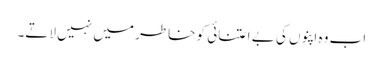
اب وہ اپنوں کی بے اعتنائی کو خاطر میں نہیں لاتے۔